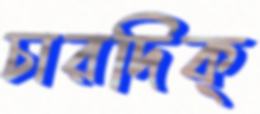
চারদিক্‌